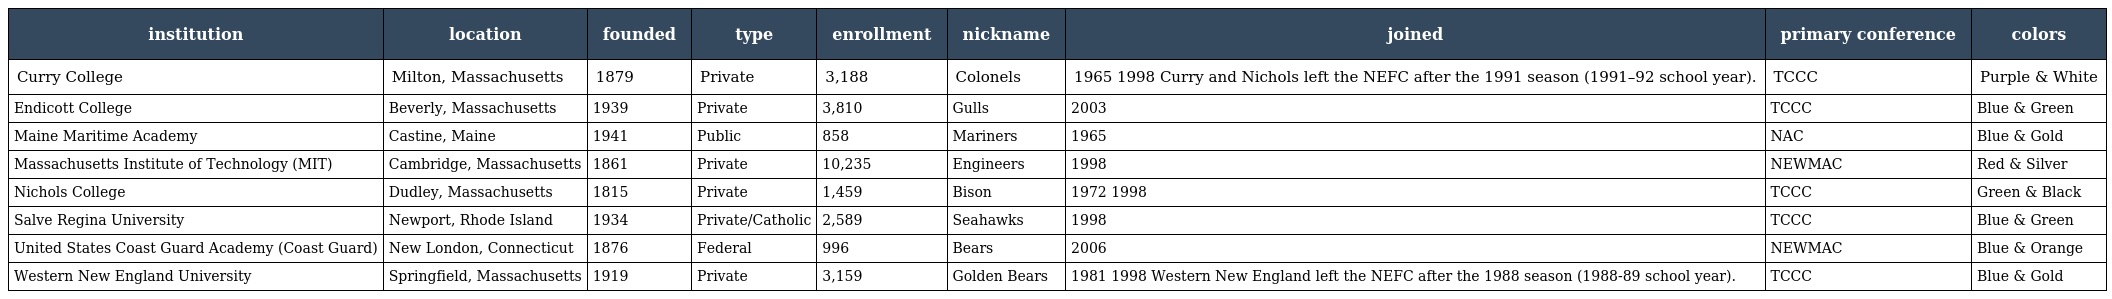
| institution | location | founded | type | enrollment | nickname | joined | primary conference | colors |
 | --- | --- | --- | --- | --- | --- | --- | --- | --- |
 | Curry College | Milton, Massachusetts | 1879 | Private | 3,188 | Colonels | 1965 1998 Curry and Nichols left the NEFC after the 1991 season (1991–92 school year). | TCCC | Purple & White |
 | Endicott College | Beverly, Massachusetts | 1939 | Private | 3,810 | Gulls | 2003 | TCCC | Blue & Green |
 | Maine Maritime Academy | Castine, Maine | 1941 | Public | 858 | Mariners | 1965 | NAC | Blue & Gold |
 | Massachusetts Institute of Technology (MIT) | Cambridge, Massachusetts | 1861 | Private | 10,235 | Engineers | 1998 | NEWMAC | Red & Silver |
 | Nichols College | Dudley, Massachusetts | 1815 | Private | 1,459 | Bison | 1972 1998 | TCCC | Green & Black |
 | Salve Regina University | Newport, Rhode Island | 1934 | Private/Catholic | 2,589 | Seahawks | 1998 | TCCC | Blue & Green |
 | United States Coast Guard Academy (Coast Guard) | New London, Connecticut | 1876 | Federal | 996 | Bears | 2006 | NEWMAC | Blue & Orange |
 | Western New England University | Springfield, Massachusetts | 1919 | Private | 3,159 | Golden Bears | 1981 1998 Western New England left the NEFC after the 1988 season (1988-89 school year). | TCCC | Blue & Gold |